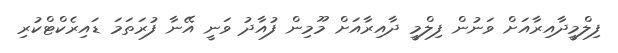
ފިލްމީދާއިރާއަށް ވަނުން ފިލްމީ ދާއިރާއަށް މޫމިން ފުއާދު ވަނީ އޭނާ ފުރަތަމަ ޑައިރެކްޓްކުރި